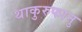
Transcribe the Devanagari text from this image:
थाकुरुफानु